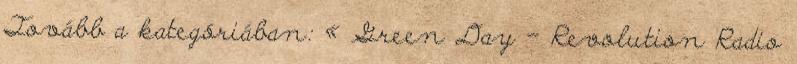
Tovább a kategóriában: « Green Day – Revolution Radio